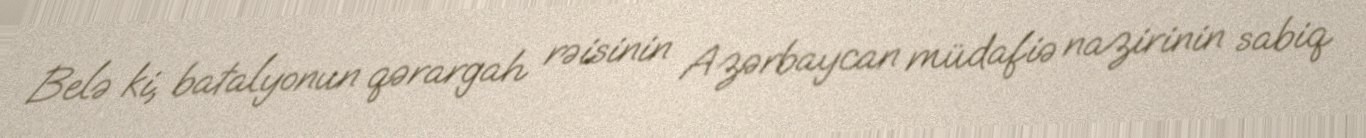
Belə ki, batalyonun qərargah rəisinin Azərbaycan müdafiə nazirinin sabiq